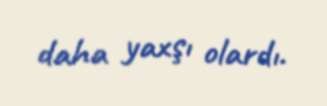
daha yaxşı olardı.